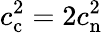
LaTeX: c_{\mathrm{c}}^{2}=2c_{\mathrm{n}}^{2}